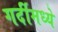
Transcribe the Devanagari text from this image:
गर्दीमध्ये